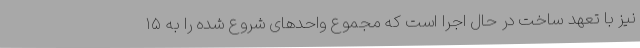
نیز با تعهد ساخت در حال اجرا است که مجموع واحدهای شروع شده را به ۱۵